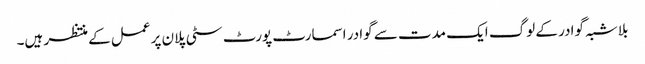
بلاشبہ گوادر کے لوگ ایک مدت سے گوادر اسمارٹ پورٹ سٹی پلان پر عمل کے منتظر ہیں۔